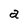
Character: a